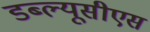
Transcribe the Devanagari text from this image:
डब्ल्यूसीएस